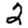
Digit: 2